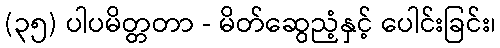
(၃၅) ပါပမိတ္တတာ - မိတ်ဆွေညံ့နှင့် ပေါင်းခြင်း၊